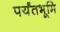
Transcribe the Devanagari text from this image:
पर्यंतभूमि